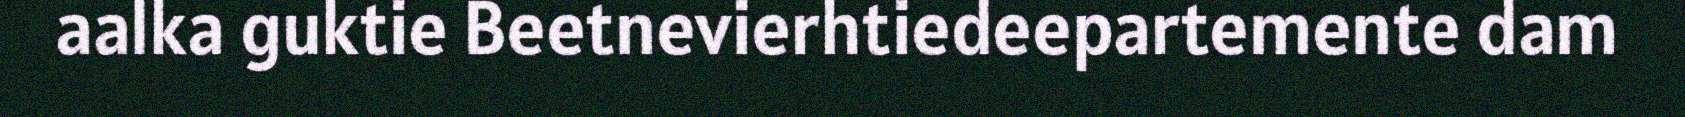
aalka guktie Beetnevierhtiedeepartemente dam